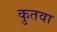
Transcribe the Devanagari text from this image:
कुतवा